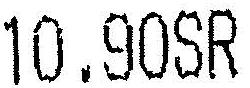
10.90SR